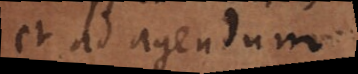
et ad agendum